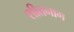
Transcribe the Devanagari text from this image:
शीतनाग